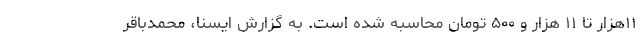
۱۱هزار تا ۱۱ هزار و ۵۰۰ تومان محاسبه شده است. به گزارش ایسنا، محمدباقر